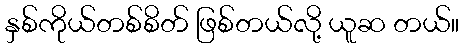
နှစ်ကိုယ်တစ်စိတ် ဖြစ်တယ်လို့ ယူဆ တယ်။